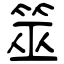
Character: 筮